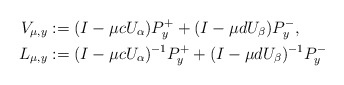
\begin{align*}V_{\mu,y}&:=(I-\mu cU_\alpha)P_y^++(I-\mu dU_\beta)P_y^-,\\L_{\mu,y}&:=(I-\mu cU_\alpha)^{-1}P_y^++(I-\mu dU_\beta)^{-1}P_y^-\end{align*}